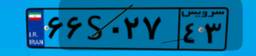
۷۳S۳۶۲۱۶